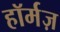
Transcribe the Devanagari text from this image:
हॉर्मज़